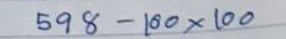
598 - 100 x 100